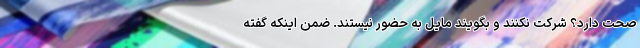
صحت دارد؟ شرکت نکنند و بگویند مایل به حضور نیستند. ضمن اینکه گفته